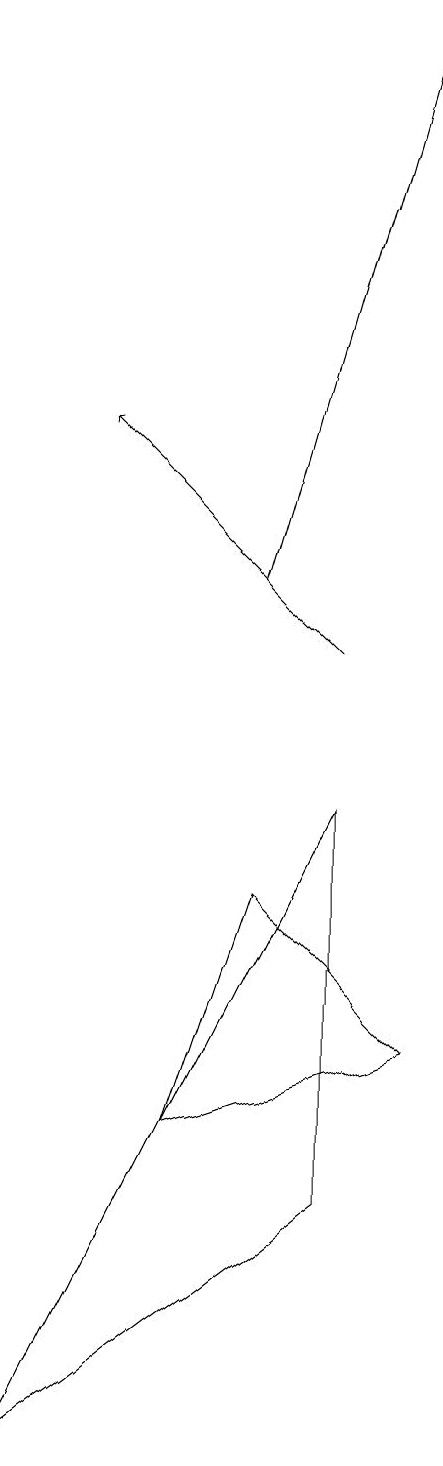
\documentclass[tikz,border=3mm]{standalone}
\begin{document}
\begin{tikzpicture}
\draw (6,7) -- (5,4) -- (8,5) -- cycle;
\draw[->] (7,10) -- (4,13);
\draw[->] (6,11) -- (8,18);
\draw (3,0) -- (7,3) -- (7,8) -- cycle;
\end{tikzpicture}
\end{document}